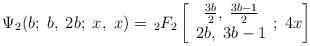
LaTeX: \begin{align*}\Psi_2(b;\; b,\;2b;\;x,\; x)=\,_2F_2 \left[\begin{array}{c} \frac{3b}{2},\; \frac{3b-1}{2} \\ 2b, \; 3b-1\end{array};\; 4x\right]\end{align*}